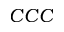
C C C